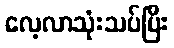
လေ့လာသုံးသပ်ပြီး